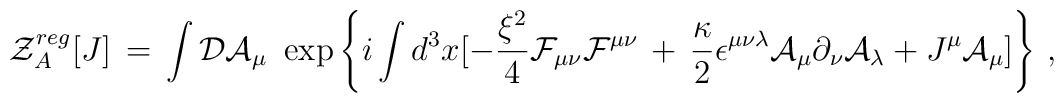
{\mathcal Z}^{reg}_A[J] \,=\, \int {\mathcal D} {\mathcal A}_\mu \, \,\exp \left\{ i \int d^3x [-\frac{\xi^2}{4} {\mathcal F}_{\mu\nu}{\mathcal F}^{\mu\nu} \, +\, \frac{\kappa}{2} \epsilon^{\mu\nu\lambda}{\mathcal A}_\mu \partial_\nu {\mathcal A}_\lambda +J^\mu {\mathcal A}_\mu ]\right\} \,,